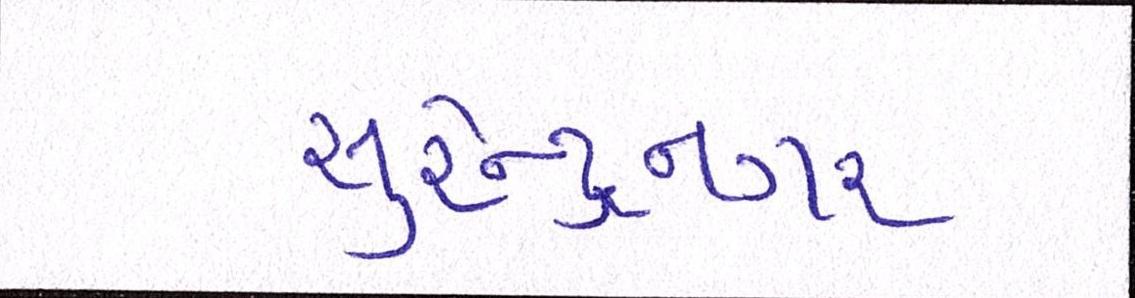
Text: સુરેન્દ્રનગર